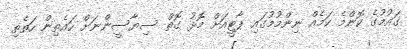
ގައުމުގެ ކޮންމެ ކަމެއް ނިންމުމުގައި ޕާޓީއަށް މޮޅު ގޮތް ސިޔާސީންނަށް ހައެތިން ހަތެތި